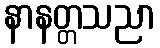
နာနတ္တသညာ